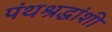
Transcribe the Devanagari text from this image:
पंथश्रद्धांशी